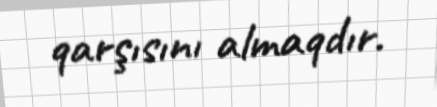
qarşısını almaqdır.